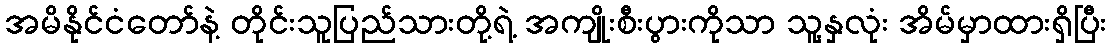
အမိနိုင်ငံတော်နဲ့ တိုင်းသူပြည်သားတို့ရဲ့ အကျိုးစီးပွားကိုသာ သူ့နှလုံး အိမ်မှာထားရှိပြီး